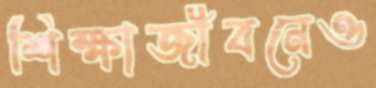
শিক্ষাজীবনেও